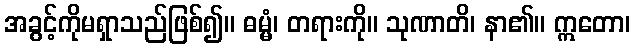
အခွင့်ကိုမရှာသည်ဖြစ်၍။ ဓမ္မံ၊ တရားကို။ သုဏာတိ၊ နာ၏။ ဣတော၊